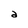
Character: a